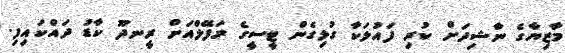
މާޒިޔާގެ ނާޝިދަށް ކުރި ފައުލަކާ ގުޅިގެން ޓީސީގެ ރަފޭލްއަށް ރީނދޫ ކާޑު ދައްކައިފި.